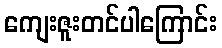
ကျေးဇူးတင်ပါကြောင်း